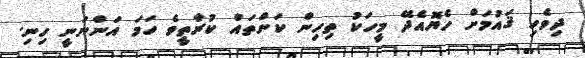
ދިވެހި ޤަައުމަށް ހެޔޮއެދޭ މީހަކު ތިހިން ކަންތައް ކުރާތީވެ ހަމަ އަންނަނީ ހިނި.